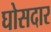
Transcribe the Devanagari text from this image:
घोसदार